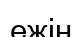
ежін